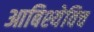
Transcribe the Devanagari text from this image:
आबिश्येविच